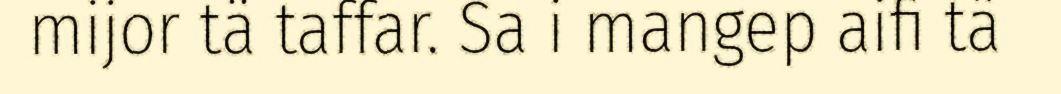
mijor tä taffar. Sa i mangep aifi tä